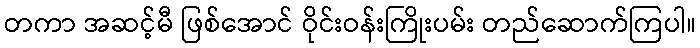
တကာ အဆင့်မီ ဖြစ်အောင် ဝိုင်းဝန်းကြိုးပမ်း တည်ဆောက်ကြပါ။